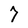
Character: 7